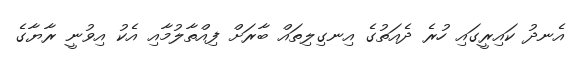
އެނދު ކައިރީގައި ހުރެ ދެއަތުގެ އިނގިލިތައް ބާރަށް ފިއްތާލުމާއި އެކު އިވުނީ ރާޔާގެ